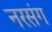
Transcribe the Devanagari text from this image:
नरसंग